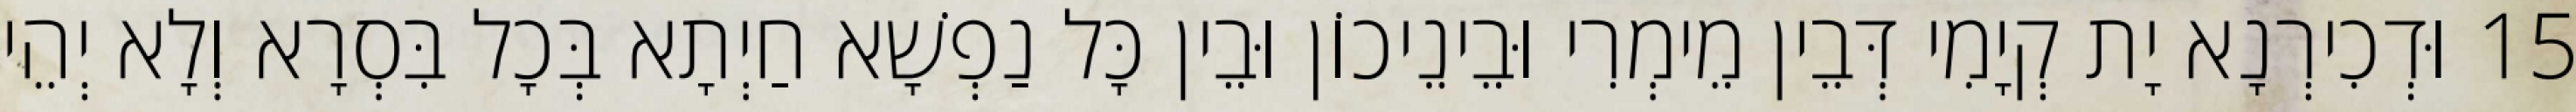
15 וּדְכִירְנָא יָת קְיָמִי דְּבֵין מֵימְרִי וּבֵינֵיכוֹן וּבֵין כָּל נַפְשָׁא חַיְתָא בְּכָל בִּסְרָא וְלָא יְהֵי